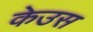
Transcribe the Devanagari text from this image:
केउस